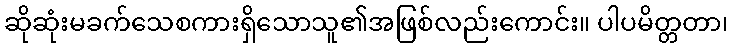
ဆိုဆုံးမခက်သေစကားရှိသောသူ၏အဖြစ်လည်းကောင်း။ ပါပမိတ္တတာ၊